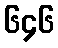
၆၄၆